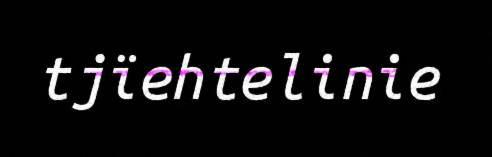
tjïehtelinie